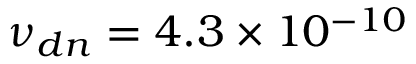
{ \nu _ { d n } } = 4 . 3 \times 1 0 ^ { - 1 0 }